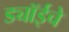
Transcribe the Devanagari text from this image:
ड्यॉईचे